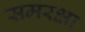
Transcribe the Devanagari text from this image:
समरक्षा